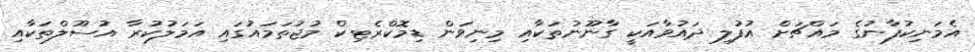
އެމަނިކުފާނުގެ މައްޗަށް އުފުލި ދައުވާއަކީ ގާނޫނުތަކާއި މިނިވަން ޑިމޮކްރެޓިކް މުޖުތަމައުގައި އަމަލުކުރާ އުސޫލްތަކާއި